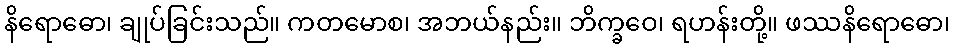
နိရောဓော၊ ချုပ်ခြင်းသည်။ ကတမောစ၊ အဘယ်နည်း။ ဘိက္ခဝေ၊ ရဟန်းတို့။ ဖဿနိရောဓော၊